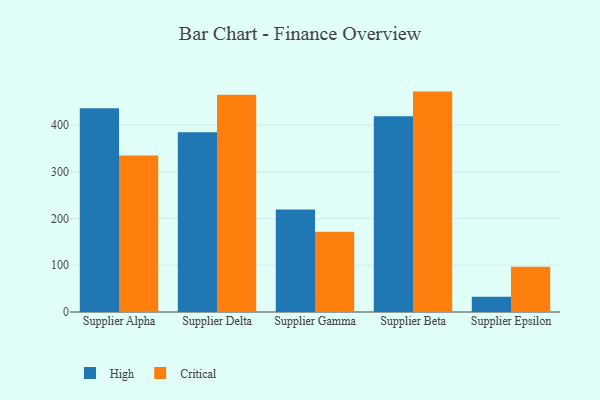
{"axis": {"x": "Supplier", "y": "Production Output"}, "legend": ["Critical", "High"], "data": [{"x": "Supplier Alpha", "y": 435.8, "type": "High"}, {"x": "Supplier Alpha", "y": 334.9, "type": "Critical"}, {"x": "Supplier Delta", "y": 384.5, "type": "High"}, {"x": "Supplier Delta", "y": 464.8, "type": "Critical"}, {"x": "Supplier Gamma", "y": 219.2, "type": "High"}, {"x": "Supplier Gamma", "y": 171.7, "type": "Critical"}, {"x": "Supplier Beta", "y": 418.9, "type": "High"}, {"x": "Supplier Beta", "y": 471.5, "type": "Critical"}, {"x": "Supplier Epsilon", "y": 32.4, "type": "High"}, {"x": "Supplier Epsilon", "y": 96.9, "type": "Critical"}]}